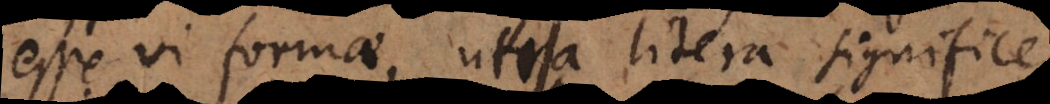
esse vi formae, utra litera significet